Leaving Certificate Examination, 1917, 1917
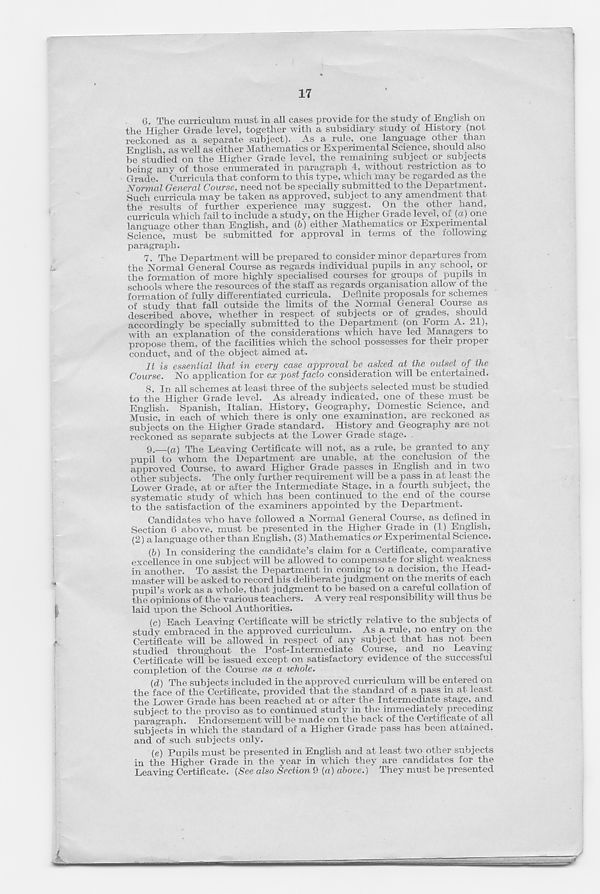
17
6. The curriculum must in all cases provide for the study of English on
the Higher Grade level, together with a subsidiary study of History (not
reckoned as a separate subject). As a rule, one language other than
English, as well as either Mathematics or Experimental Science, should also
be studied on the Higher Grade level, the remaining subject or subjects
being any of those enumerated in paragraph 4, without restriction as to
Grade. Curricula that conform to this type, which may be regarded as the
Normal General Course, need not be specially submitted to the Department
Such curricula may be taken as approved, subject to any amendment that
the results of further experience may suggest. On the other hand,
curricula which fail to include a study, on the Higher Grade level, of (a) one
language other than English, and (&) either Mathematics or Experimental
Science, must be submitted for approval in terms of the following
paragraph.
7. The Department will be prepared to consider minor departures from
the Normal General Course as regards individual pupils in any school, or
the formation of more highly specialised courses for groups of pupils m
schools where the resources of the staff as regards organisation allow of the
formation of fully differentiated curricula. Definite proposals for schemes
of study that fall outside the limits of the Normal General Course as
described above, Avhether in respect of subjects or of grades, should
accordingly be specially submitted to the Department (on Form A. 21),
with an explanation of the considerations which have led Managers to
propose them, of the facilities which the school possesses for their proper
conduct, and of the object aimed at.
It is essential that in every case approval be asked at the outset of the
Course. No application for ex post facto consideration will be entertained.
8. In all schemes at least three of the subjects selected must be studied
to the Higher Grade level. As already indicated, one of these must be
English. Spanish, Italian, History, Geography, Domestic Science, and
Music, in each of which there is only one examination, are reckoned as
subjects on the Higher Grade standard. History and Geography are not
reckoned as separate subjects at the Lower Grade stage.
9.
—( a ) The Leaving Certifica
pupil to whom the Department are unable, at the conclusion of the
approved Course, to award Higher Grade passes in English and in two
other subjects. The only further requirement will be a pass in at least the
Lower Grade, at or after the Intermediate Stage, in a fourth subject, the
systematic study of which has been continued to the end of the course
to the satisfaction of the examiners appointed by the Department.
Candidates who have followed a Normal General Course, as defined in
Section 6 above, must be presented in the Higher Grade in (1) English,
(2) a language other than English, (3) Mathematics or Experimental Science.
(b) In considering the candidate’s claim for a Certificate, comparative
excellence in one subject will be allowed to compensate for slight weakness
in another. To assist the Department in coming to a decision, the Head-
master will be asked to record his deliberate judgment on the merits of each
pupil’s work as a whole, that judgment to be based on a careful collation of
the opinions of the various teachers. A very real responsibility will thus be
laid upon the School Authorities.
(c) Each Leaving Certificate will be strictly relative to the subjects of
study embraced in the approved curriculum. As a rule, no entry on the
Certificate will be allowed in respect of any subject that has not been
studied throughout the Post-Intermediate Course, and no Leaving
Certificate will be issued except on satisfactory evidence of the successful
completion of the Course as a whole.
(d) The subjects included in the approved curriculum will be entered on
the face of the Certificate, provided that the standard of a pass in at least
the Lower Grade has been reached at or after the Intermediate stage, and
subject to the proviso as to continued study in the immediately preceding
paragraph. Endorsement will be made on the back of the Certificate of all
subjects in which the standard of a Higher Grade pass has been attained,
and of such subjects only.
(e) Pupils must be presented in English and at least two other subjects
in the Higher Grade in the year in which they are candidates for the
Leaving Certificate. {See also Section 9 {a) above.) They must be presented